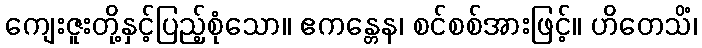
ကျေးဇူးတို့နှင့်ပြည့်စုံသော။ ဧကန္တေန၊ စင်စစ်အားဖြင့်။ ဟိတေသိံ၊